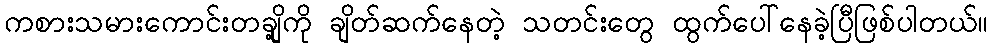
ကစားသမားကောင်းတချို့ကို ချိတ်ဆက်နေတဲ့ သတင်းတွေ ထွက်ပေါ်နေခဲ့ပြီဖြစ်ပါတယ်။